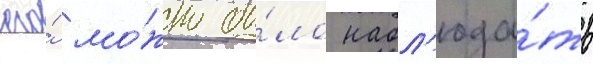
его́ мо́жно бы́ло набл'юда́ть